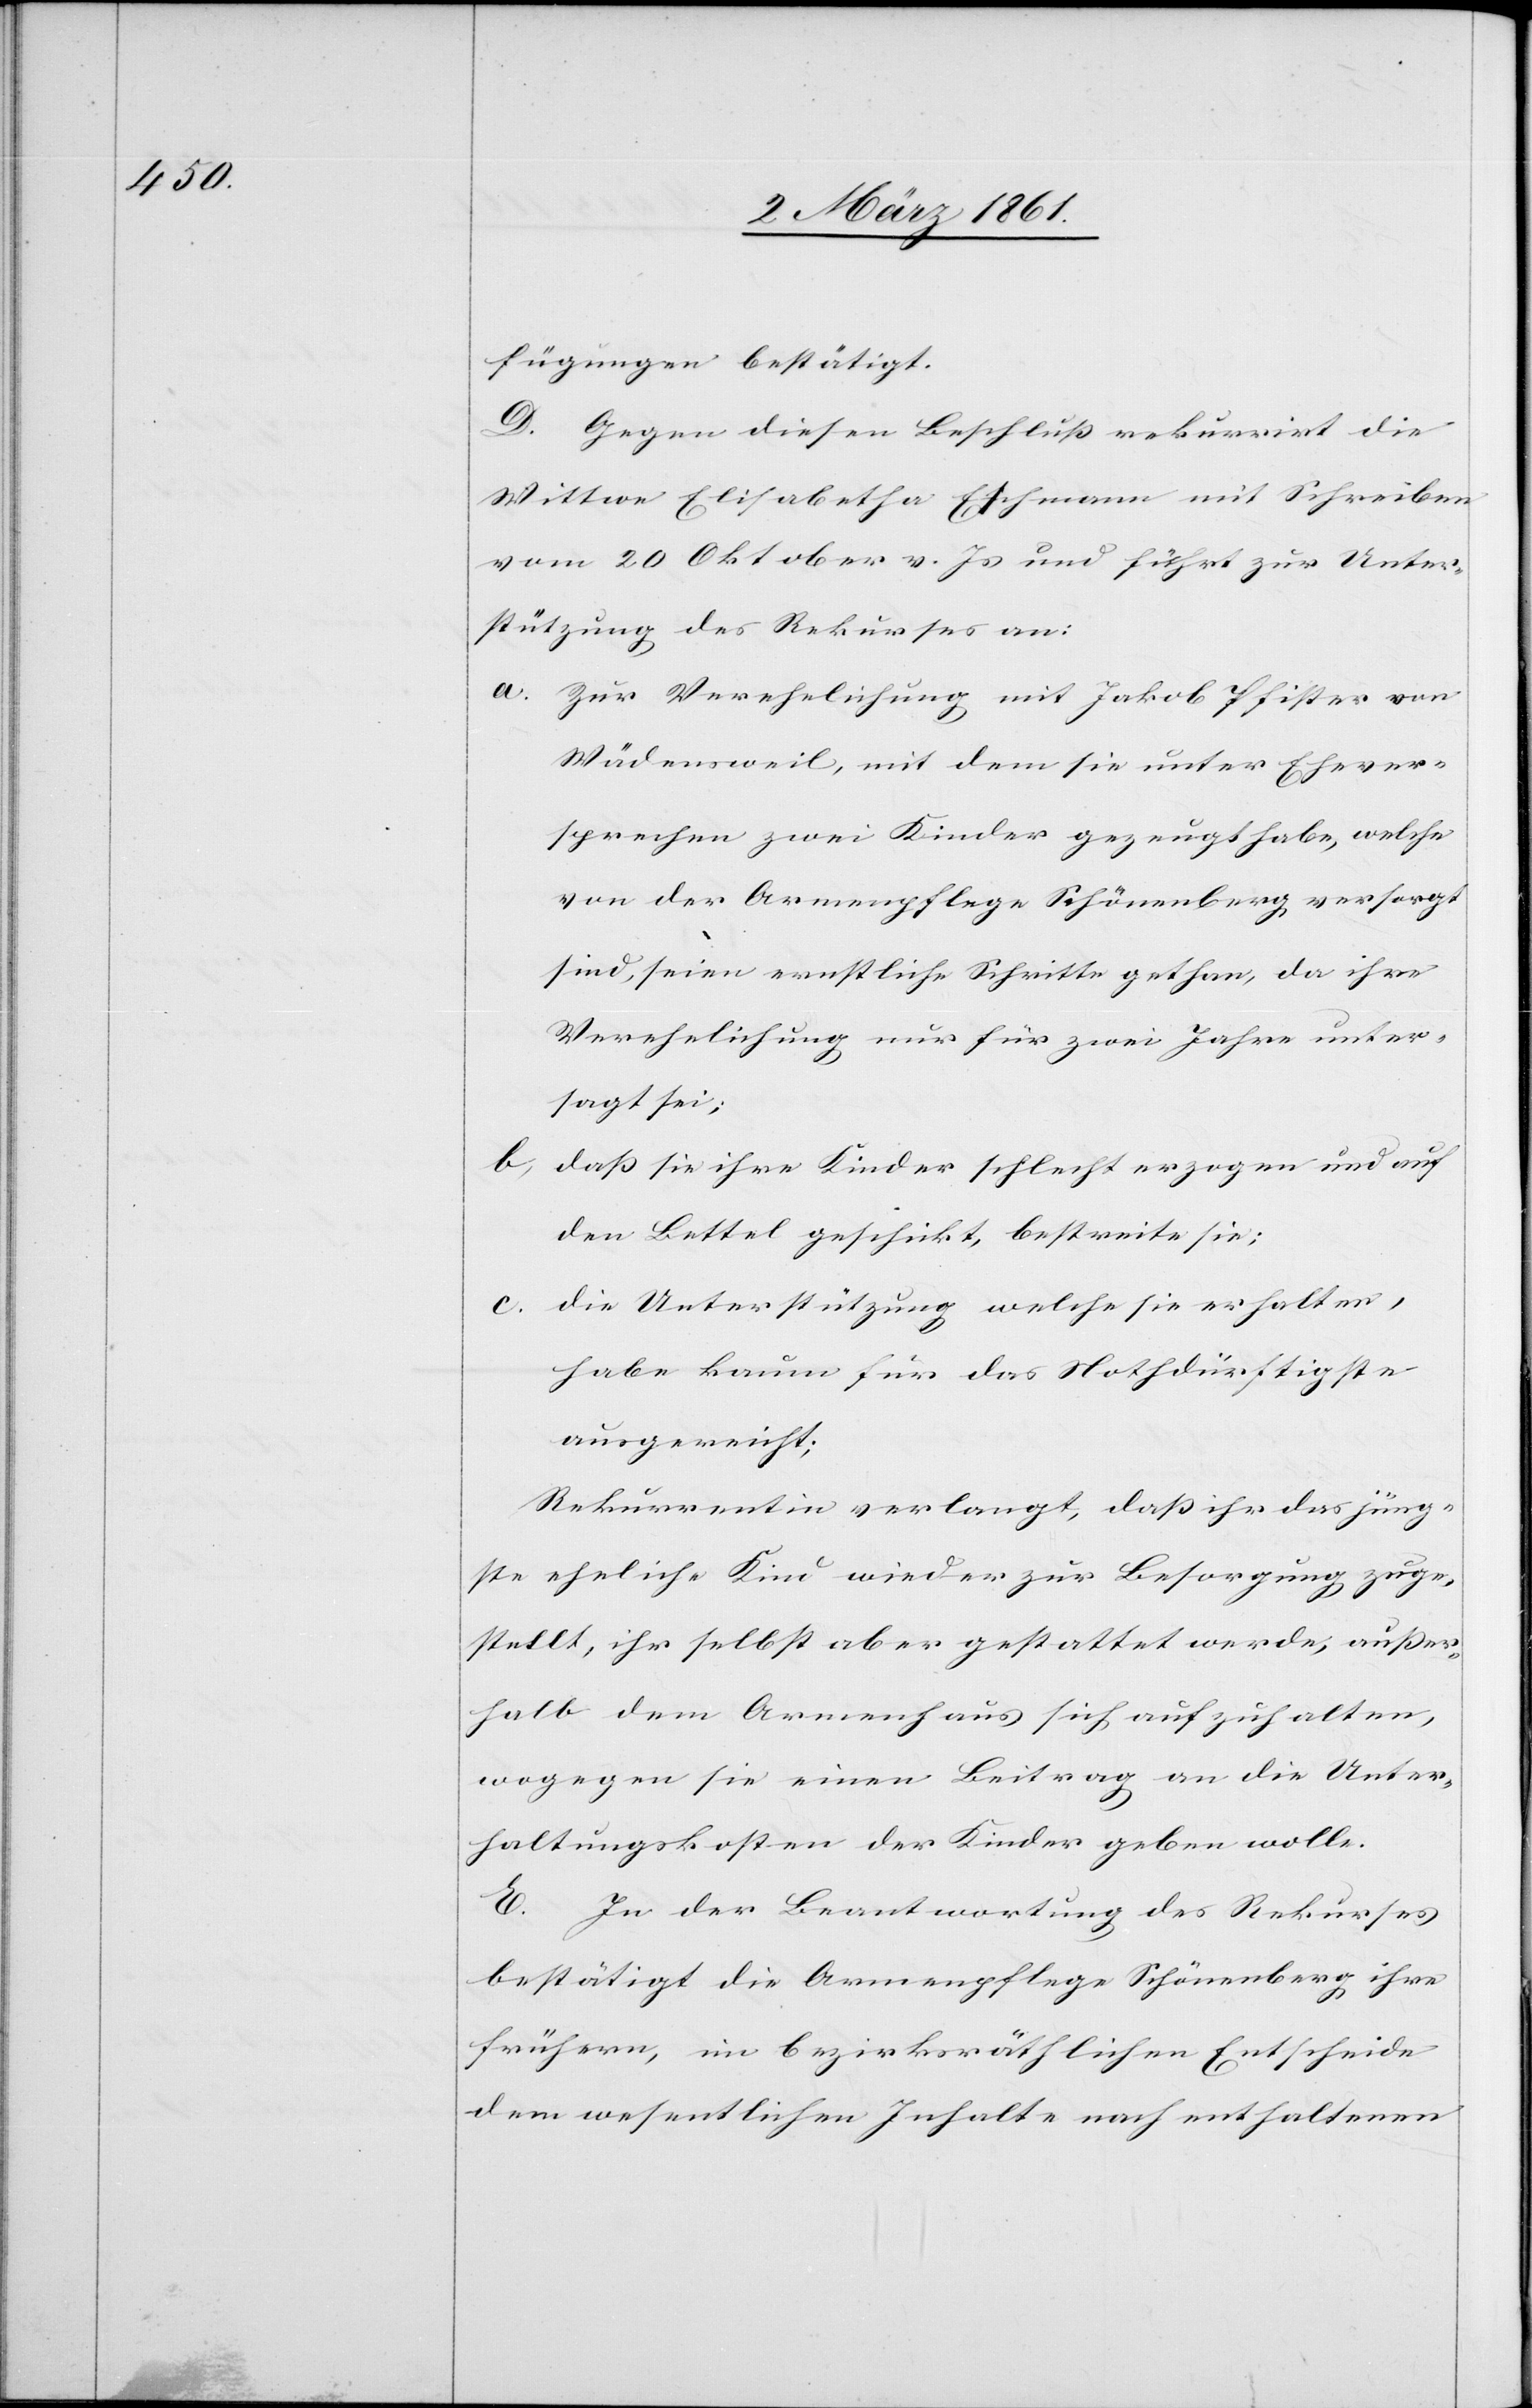
fügungen bestätigt.
D. Gegen diesen Beschluss rekurrirt die
Wittwe Elisabetha Eschmann mit Schreiben
vom 20 Oktober v. Js. und führt zur Unter¬
stützung des Rekurses an:
a. Zur Verehelichung mit Jakob Pfister von
Wädensweil, mit dem sie unter Ehever¬
sprechen zwei Kinder gezeugt habe, welche
von der Armenpflege Schönenberg versorgt
sind, seien ernstliche Schritte gethan, da ihre
Verehelichung nur für zwei Jahre unter¬
sagt sei.
b. dass sie ihre Kinder schlecht erzogen und auf
den Bettel geschickt, bestreite sie;
c. die Unterstützung welche sie erhalten,
habe kaum für das Nothdürftigste
ausgereicht;
Rekurrentin verlangt, dass ihr das jüng¬
ste eheliche Kind wieder zur Besorgung zuge¬
stellt, ihr selbst aber gestattet werde, ausser¬
halb dem Armenhause sich aufzuhalten,
wogegen sie einen Beitrag an die Unter¬
haltungskosten der Kinder geben wolle.
E. In der Beantwortung des Rekurses
bestätigt die Armenpflege Schönenberg ihre
frühern, im bezirksräthlichen Entscheide
dem wesentlichen Inhalte nach enthaltenen